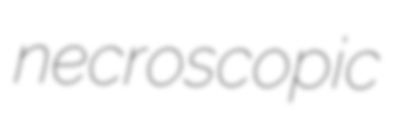
necroscopic